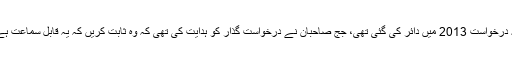
یہ درخواست 2013 میں دائر کی گئی تھی، جج صاحبان نے درخواست گذار کو ہدایت کی تھی کہ وہ ثابت کریں کہ یہ قابل سماعت ہے۔